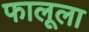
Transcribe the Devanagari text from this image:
फालूला